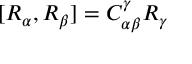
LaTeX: [ R _ { \alpha } , R _ { \beta } ] = C _ { \alpha \beta } ^ { \gamma } R _ { \gamma }